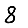
Digit: 8